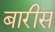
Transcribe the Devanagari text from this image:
बारीस